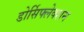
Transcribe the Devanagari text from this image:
डोर्सिफ्लेक्शन